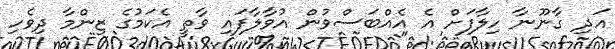
އަދި ގާނޫނާ ހިލާފަށް އެ އެއްބަސްވުން އުވާލާފައި ވާތީ އެކަމުގެ ޒިންމާ ދިވެހި